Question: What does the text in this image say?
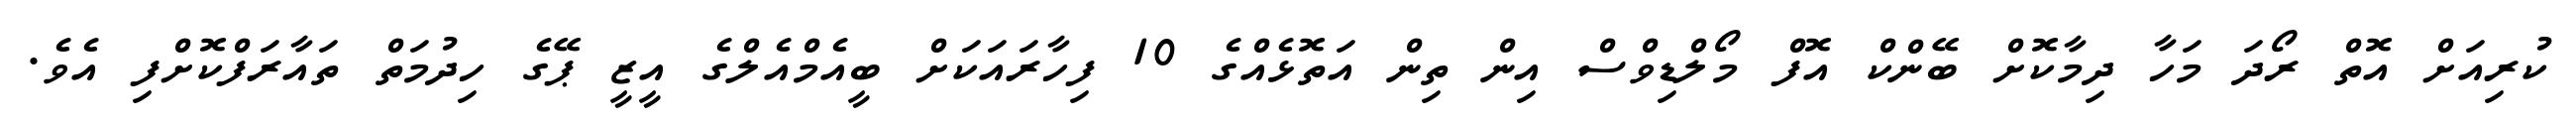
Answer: ކުރިއަށް އޮތް ރޯދަ މަހާ ދިމާކޮށް ބޭންކް އޮފް މޯލްޑިވްސް އިން ތިން އަތޮޅެއްގެ 10 ފިހާރައަކަށް ބީއެމްއެލްގެ އީޒީ ޕޭގެ ހިދުމަތް ތައާރަފްކޮށްފި އެވެ.